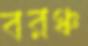
বরঞ্চ